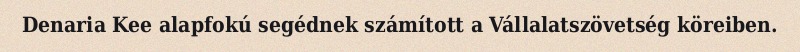
Denaria Kee alapfokú segédnek számított a Vállalatszövetség köreiben.